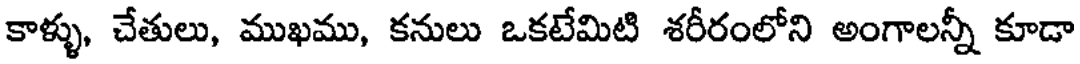
కాళ్ళు, చేతులు, ముఖము, కనులు ఒకటేమిటి శరీరంలోని అంగాలన్నీ కూడా